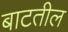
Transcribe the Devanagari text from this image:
बाटतील